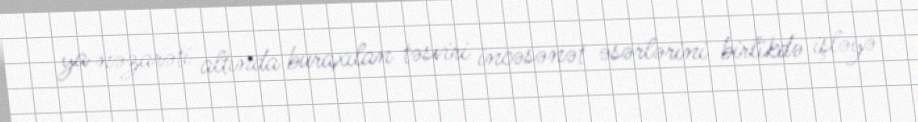
ya nəzarəti altında buraxılan təsviri incəsənət əsərlərini birlikdə işləyə